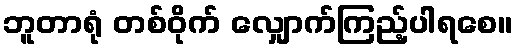
ဘူတာရုံ တစ်ဝိုက် လျှောက်ကြည့်ပါရစေ။